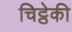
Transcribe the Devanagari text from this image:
चिट्ठेकी